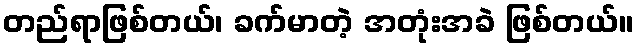
တည်ရာဖြစ်တယ်၊ ခက်မာတဲ့ အတုံးအခဲ ဖြစ်တယ်။